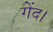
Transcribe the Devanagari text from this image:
गेंद।